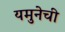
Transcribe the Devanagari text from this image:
यमुनेची